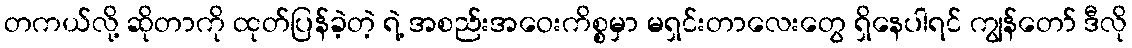
တကယ်လို့ ဆိုတာကို ထုတ်ပြန်ခဲ့တဲ့ ရဲ့ အစည်းအဝေးကိစ္စမှာ မရှင်းတာလေးတွေ ရှိနေပါရင် ကျွန်တော် ဒီလို